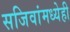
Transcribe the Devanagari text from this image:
सजिवांमध्येही